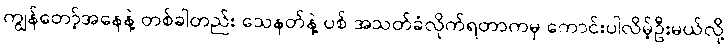
ကျွန်တော့်အနေနဲ့ တစ်ခါတည်း သေနတ်နဲ့ ပစ် အသတ်ခံလိုက်ရတာကမှ ကောင်းပါလိမ့်ဦးမယ်လို့